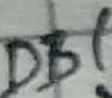
Text: DB1